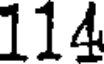
114